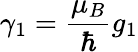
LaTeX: \gamma_{1}=\frac{\mu_{B}}{\hbar}g_{1}